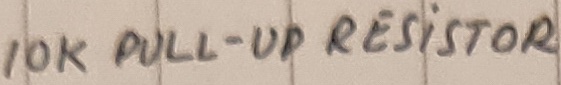
Text: 10K PULL-UP RESISTOR